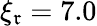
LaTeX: \xi_{\mathfrak{r}}=7.0